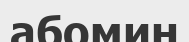
абомин